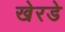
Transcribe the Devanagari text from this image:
खेरडे